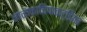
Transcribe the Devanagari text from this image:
नानाकाचिपाक्ट्झिन